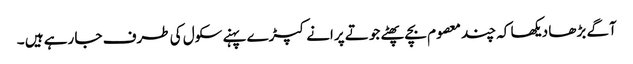
آگے بڑھا دیکھا کہ چند معصوم بچے پھٹے جوتے پرانے کپڑے پہنے سکول کی طرف جا رہے ہیں ۔